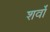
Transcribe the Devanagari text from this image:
शर्वो